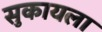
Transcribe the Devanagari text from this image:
सुकायला